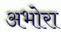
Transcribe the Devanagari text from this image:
अभोरा